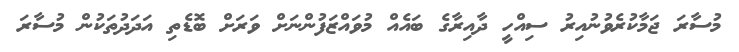
މުސާރަ ޖަމާކުރެވުނުއިރު ސިއްހީ ދާއިރާގެ ބައެއް މުވައްޒަފުންނަށް ވަރަށް ބޮޑެތި އަދަދުތަކުން މުސާރަ